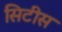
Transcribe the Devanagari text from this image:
सिटीस